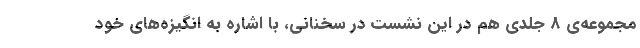
مجموعه‌ی 8 جلدی هم در این نشست در سخنانی، با اشاره به انگیزه‌های خود